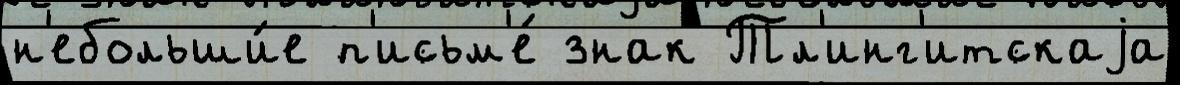
н'ебольши́е п'исьм'е́ знак Тл'инг'итскаjа